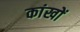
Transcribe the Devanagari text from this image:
कांखों